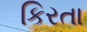
કિરતા